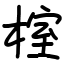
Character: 榁